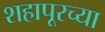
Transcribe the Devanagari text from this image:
शहापूरच्या